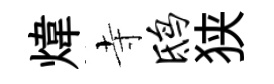
煒寺鸱狭